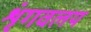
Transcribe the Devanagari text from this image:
शृंगवलय